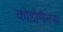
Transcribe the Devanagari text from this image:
कोडोमैनस